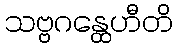
သဗ္ဗဂန္ထေဟီတိ